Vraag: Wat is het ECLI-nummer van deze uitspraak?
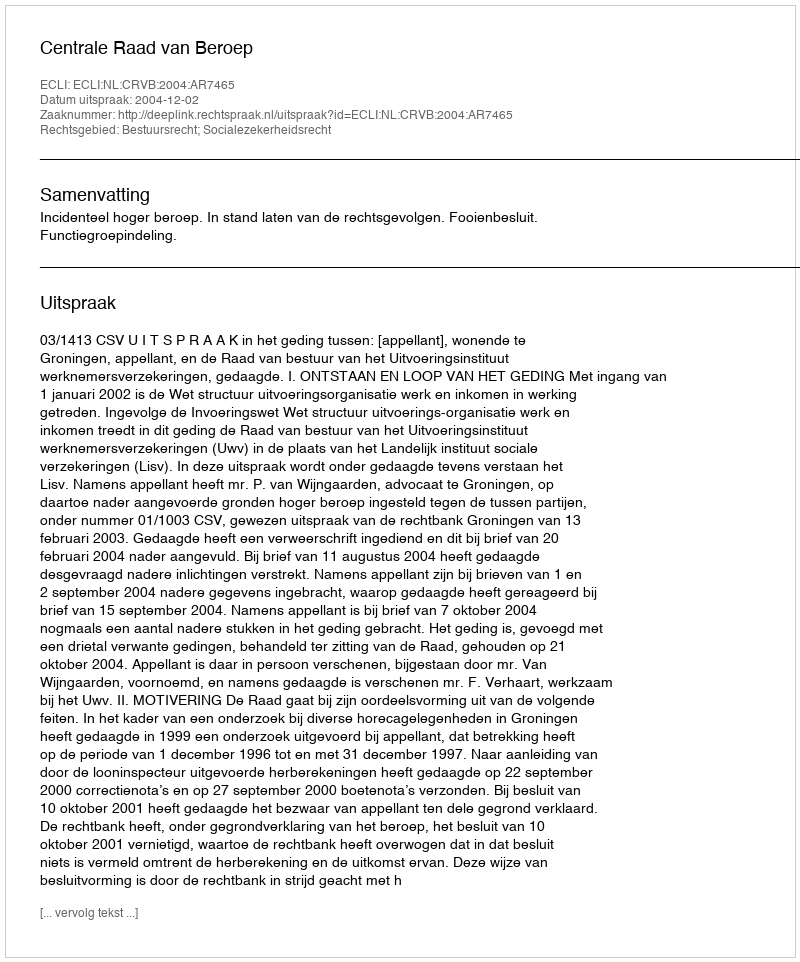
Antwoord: ECLI:NL:CRVB:2004:AR7465